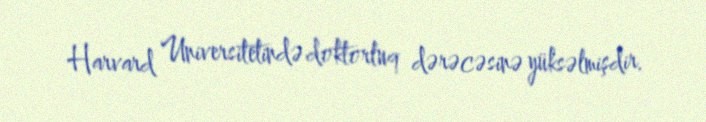
Harvard Universitetində doktorluq dərəcəsinə yüksəlmişdir.